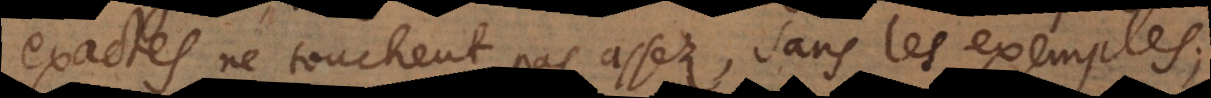
exactes ne touchent pas assez, sans les exemples;